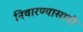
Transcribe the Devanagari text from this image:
निवारण्यासाठी